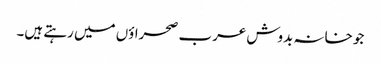
جو خانہ بدوش عرب صحراؤں میں رہتے ہیں۔